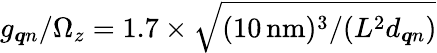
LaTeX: g_{\boldsymbol{q}n}/\Omega_{z}=1.7\times\sqrt{(10\mathrm{\, nm})^{3}/(L^{2}d_{\boldsymbol{q}n})}